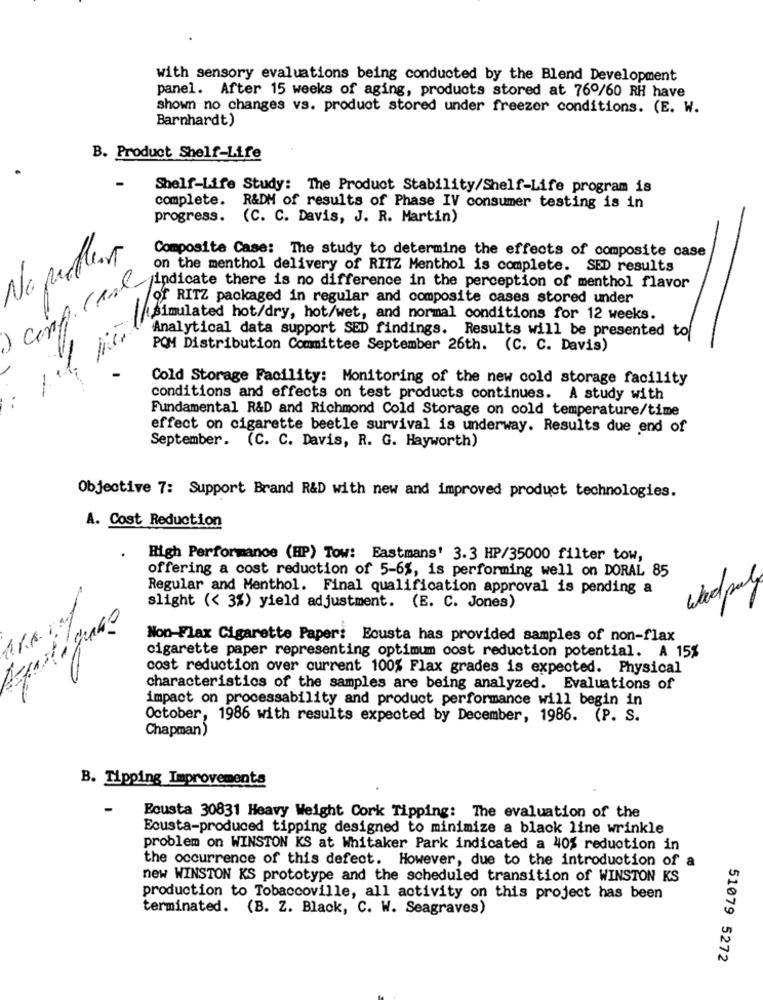
with sensory evaluations being conducted by the Blend Development
panel. After 15 weeks of aging, products stored at 76º/60 RH have
shown no changes vs. product stored under freezer conditions. (E. W.
Barnhardt)
B. Product Shelf-Life
Shelf-Life Study: The Product Stability/Shelf-Life program is
complete. R&DM of results of Phase IV consumer testing is in
progress. (C. C. Davis, J. R. Martin)
Composite Case: The study to determine the effects of composite case
Napothar
on the menthol delivery of RITZ Menthol is complete. SED results
conf. Case
indicate there is no difference in the perception of menthol flavor
of RITZ packaged in regular and composite cases stored under
If jor Analytical not/dry, hot/wet, and normal conditions for 12 mente
Analytical data support SED findings. Results will be presented to
POM Distribution Committee September 26th. (C. C. Davis)
Cold Storage Facility: Monitoring of the new cold storage facility
..
conditions and effects on test products continues. A study with
Fundamental R&D and Richmond Cold Storage on cold temperature/time
effect on cigarette beetle survival is underway. Results due end of
September. (C. C. Davis, R. G. Hayworth)
Objective 7: Support Brand R&D with new and improved product technologies.
A. Cost Reduction
.
High Performance (HP) Tow: Eastmans' 3.3 HP/35000 filter tow,
offering a cost reduction of 5-6%, is performing well on DORAL 85
Regular and Menthol. Final qualification approval is pending a
wadpal
slight (< 3%) yield adjustment. (E. C. Jones)
Non-Flax Cigarette Paper: Ecusta has provided samples of non-flax
cigarette paper representing optimum cost reduction potential. A 15%
cost reduction over current 100% Flax grades is expected. Physical
characteristics of the samples are being analyzed. Evaluations of
impact on processability and product performance will begin in
October, 1986 with results expected by December, 1986. (P. S.
Chapman)
B. Tipping Improvements
Ecusta 30831 Heavy Weight Cork Tipping: The evaluation of the
Ecusta-produced tipping designed to minimize a black line wrinkle
problem on WINSTON KS at Whitaker Park indicated a 40% reduction in
the occurrence of this defect. However, due to the introduction of
new WINSTON KS prototype and the scheduled transition of WINSTON KS
production to Tobaccoville, all activity on this project has been
terminated. (B. Z. Black, C. W. Seagraves)
51079 5272